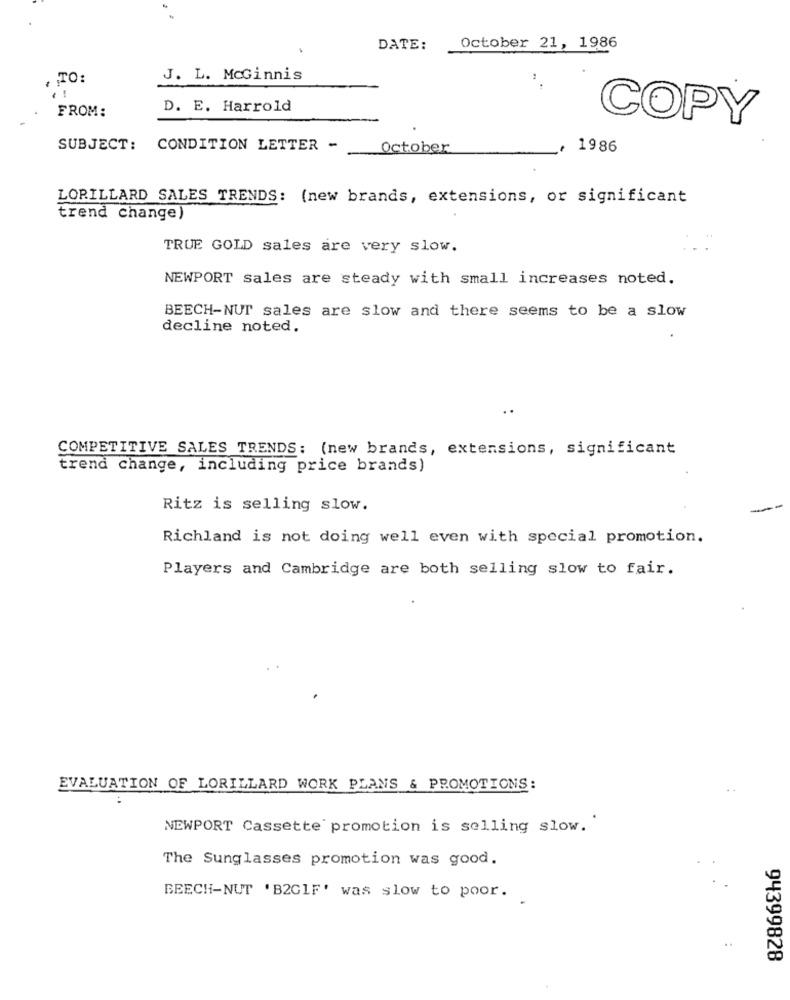
DATE:
October 21, 1986
TO:
J. L. McGinnis
FROM:
D. E. Harrold
COPY
SUBJECT: CONDITION LETTER -
October
1986
LORILLARD SALES TRENDS: (new brands, extensions, or significant
trend change)
TRUE GOLD sales are very slow.
NEWPORT sales are steady with small increases noted.
BEECH-NUT sales are slow and there seems to be a slow
decline noted.
..
COMPETITIVE SALES TRENDS: (new brands, extensions, significant
trend change, including price brands)
Ritz is selling slow.
Richland is not doing well even with special promotion.
Players and Cambridge are both selling slow to fair.
EVALUATION OF LORILLARD WORK PLANS & PROMOTIONS:
NEWPORT Cassette promotion is selling slow."
The Sunglasses promotion was good.
BEECH-NUT 'B2GIF' was slow to poor.
.. .
94399828